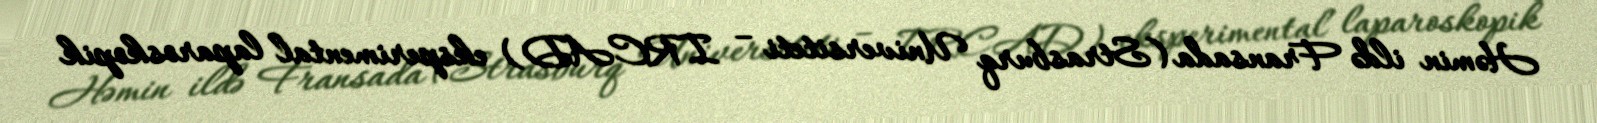
Həmin ildə Fransada (Strasburq Universiteti – IRCAD) eksperimental laparoskopik